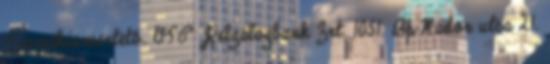
Termékismertető. OTP Jelzálogbank Zrt. 1051. Bp Nádor utca 21.